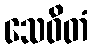
သေဝိတံ